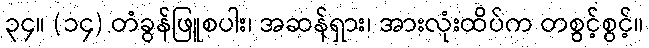
၃၄။ (၁၄) တံခွန်ဖြူစပါး၊ အဆန်ရှား၊ အားလုံးထိပ်က တစွင့်စွင့်။